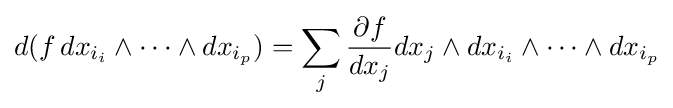
d(f\,dx_{i_{i}}\wedge \cdots \wedge dx_{i_{p}})=\sum _{j}{\frac {\partial f}{dx_{j}}}dx_{j}\wedge dx_{i_{i}}\wedge \cdots \wedge dx_{i_{p}}